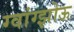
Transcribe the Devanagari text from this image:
ग्वांग्झोऊ